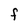
Character: F